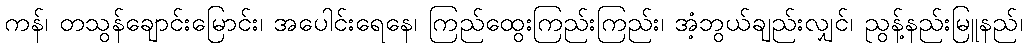
ကန်၊ တသွန်ချောင်းမြောင်း၊ အပေါင်းရေနေ၊ ကြည်ထွေးကြည်းကြည်း၊ အံ့ဘွယ်ချည်းလျှင်၊ ညွန့်နည်းမြူနည်၊